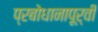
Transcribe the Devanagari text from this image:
प्रबोधानापूर्वी